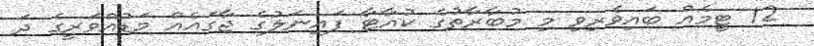
12 ޓީމެއް ބައިވެރިވި މި މުބާރާތުގެ ކުއާޓާ ފައިނަލުގެ ޖާގައެއް މަޑުއްވަރީގެ ދަ